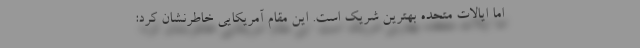
اما ایالات متحده بهترین شریک است. این مقام آمریکایی خاطرنشان کرد: